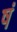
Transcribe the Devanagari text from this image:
षं